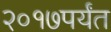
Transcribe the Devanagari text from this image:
२०१७पर्यंत